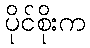
ပိုင်စိုးက